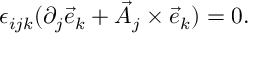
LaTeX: \epsilon _ { i j k } ( \partial _ { j } { \vec { e } } _ { k } + { \vec { A } } _ { j } \times { \vec { e } } _ { k } ) = 0 .